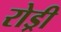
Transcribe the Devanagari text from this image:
रोड्री